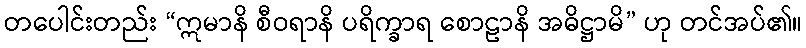
တပေါင်းတည်း “ဣမာနိ စီဝရာနိ ပရိက္ခာရ စောဠာနိ အဓိဋ္ဌာမိ” ဟု တင်အပ်၏။